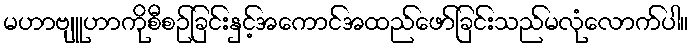
မဟာဗျူဟာကိုစီစဉ်ခြင်းနှင့်အကောင်အထည်ဖော်ခြင်းသည်မလုံလောက်ပါ။